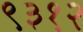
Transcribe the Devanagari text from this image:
९३१२